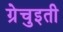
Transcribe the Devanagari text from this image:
ग्रेचुइती